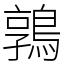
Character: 鶉